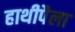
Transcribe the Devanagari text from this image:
हाथीपैला